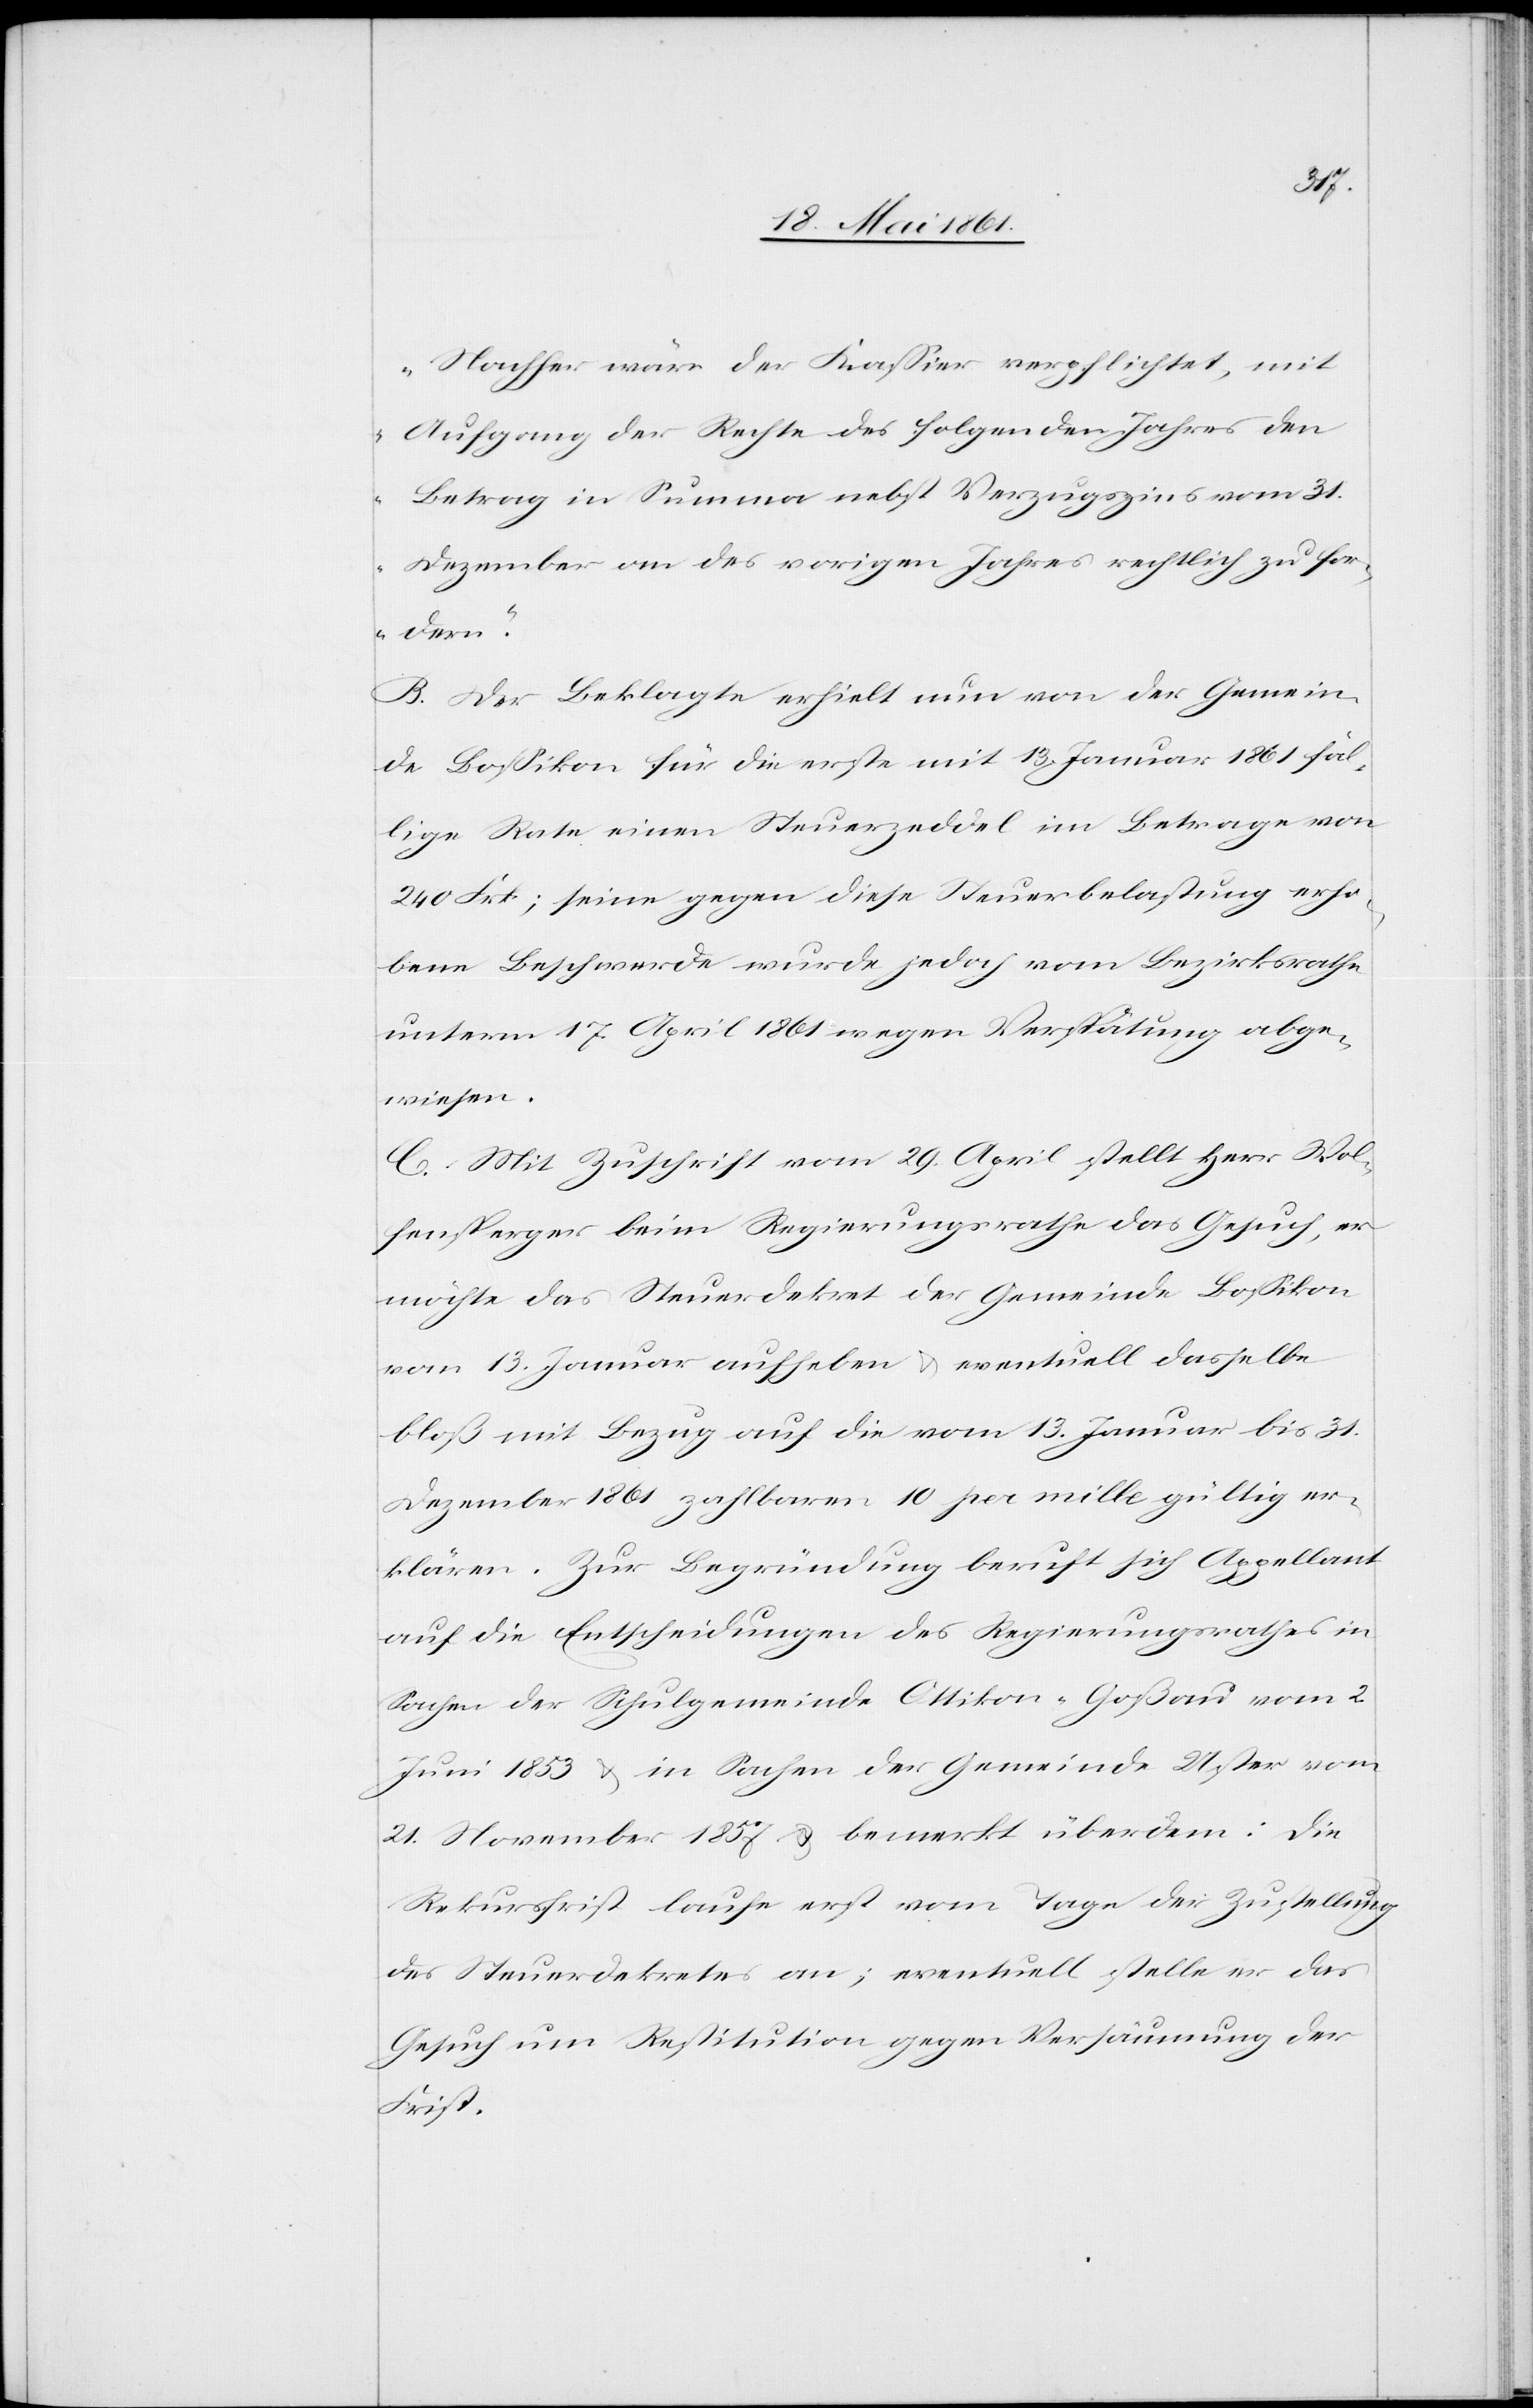
Nachher wäre der Kassier verpflichtet, mit
Aufgang der Rechte des folgenden Jahres den
Betrag in Summa nebst Verzugszins vom 31.
Dezember an des vorigen Jahres rechtlich zu for¬
dern.“
B. Der Beklagte erhielt nun von der Gemein¬
de Bossikon für die erste mit 13. Januar 1861 fäl¬
lige Rate einen Steuerzeddel im Betrage von
240 Frk; seine gegen diese Steuerbelastung erho¬
bene Beschwerde wurde jedoch vom Bezirksrathe
unterm 17. April 1861 wegen Verspätung abge¬
wiesen.
C. Mit Zuschrift vom 29. April stellt Herr Wol¬
fensperger beim Regierungsrathe das Gesuch, er
möchte das Steuerdekret der Gemeinde Bossikon
von 13. Januar aufheben u. eventuell dasselbe
bloß mit Bezug auf die vom 13. Januar bis 31.
Dezember 1861 zahlbaren 10 per mille gültig er¬
klären. Zur Begründung beruft sich Appellant
auf die Entscheidungen des Regierungsrathes in
Sachen der Schulgemeinde Ottikon-Goßau vom 2.
Juni 1853 u. in Sachen der Gemeinde Uster vom
21. November 1857 u. bemerkt überdem: Die
Rekursfrist laufe erst vom Tage der Zustellung
des Steuerdekretes an; eventuell stelle er das
Gesuch um Restitution gegen Versäumung der
Frist.